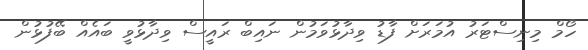
ހޯމް މިނިސްޓަރު އުމަރަށް ފާޑު ވިދާޅުވަމުން ނައިބް ރައީސް ވިދާޅުވީ ބައެއްް ބޭފުޅުން